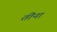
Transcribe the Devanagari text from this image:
तींना